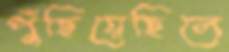
পুঁছিয়েছিলে